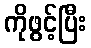
ကိုဖွင့်ပြီး